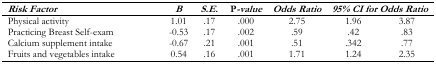
| Risk Factor | B | S.E. | P-value | Odds Ratio | <COLSPAN=2> 95% CI for Odds Ratio |
 | --- | --- | --- | --- | --- | --- | --- |
 | Physical activity | 1.01 | .17 | .000 | 2.75 | 1.96 | 3.87 |
 | Practicing Breast Self-exam | −0.53 | .17 | .002 | .59 | .42 | .83 |
 | Calcium supplement intake | −0.67 | .21 | .001 | .51 | .342 | .77 |
 | Fruits and vegetables intake | 0.54 | .16 | .001 | 1.71 | 1.24 | 2.35 |